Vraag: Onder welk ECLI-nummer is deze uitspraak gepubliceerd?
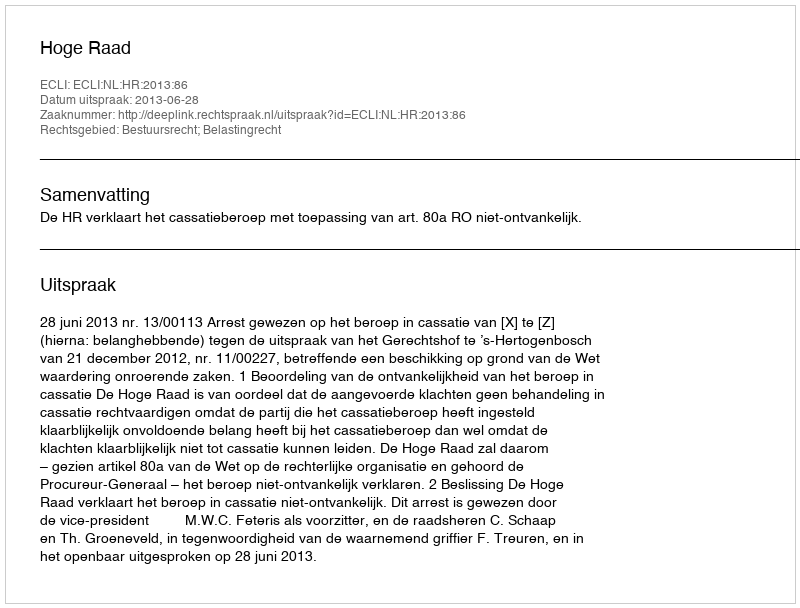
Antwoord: ECLI:NL:HR:2013:86